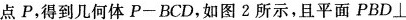
点P，得到几何体P-BCD，如图2所示，且平面PBD\perp